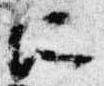
所